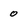
Character: 0